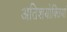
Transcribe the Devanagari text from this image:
अतिशयोक्तियां